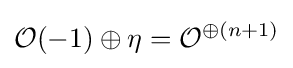
{\mathcal {O}}(-1)\oplus \eta ={\mathcal {O}}^{\oplus (n+1)}